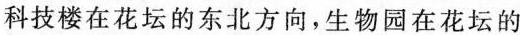
科技楼在花坛的东北方向，生物园在花坛的